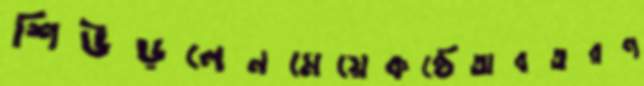
শিউড়লেনমেয়েকণ্ঠেঅবতরণ